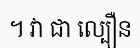
។ វា ជា ល្បឿន